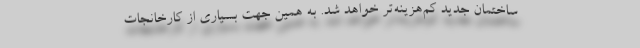
ساختمان جدید کم‌هزینه‌تر خواهد شد. به همین جهت بسیاری از کارخانجات